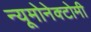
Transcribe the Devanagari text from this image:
न्यूमोनेक्टोमी